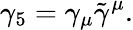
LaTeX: \gamma_{5}=\gamma_{\mu}\tilde{\gamma}^{\mu}.